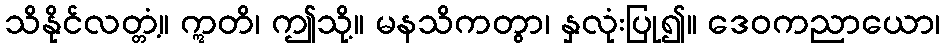
သိနိုင်လတ္တံ့။ ဣတိ၊ ဤသို့။ မနသိကတွာ၊ နှလုံးပြု၍။ ဒေဝကညာယော၊